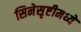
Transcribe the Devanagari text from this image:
सिनेसृष्टीमध्ये